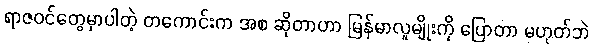
ရာဇဝင်တွေမှာပါတဲ့ တကောင်းက အစ ဆိုတာဟာ မြန်မာလူမျိုးကို ပြောတာ မဟုတ်ဘဲ